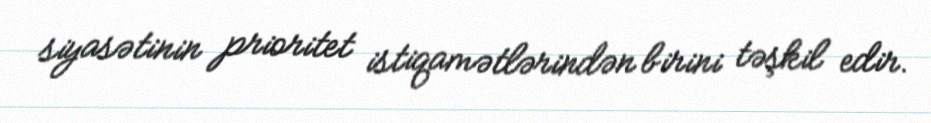
siyasətinin prioritet istiqamətlərindən birini təşkil edir.